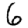
Digit: 6